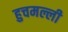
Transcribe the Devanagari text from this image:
हुचमल्ली